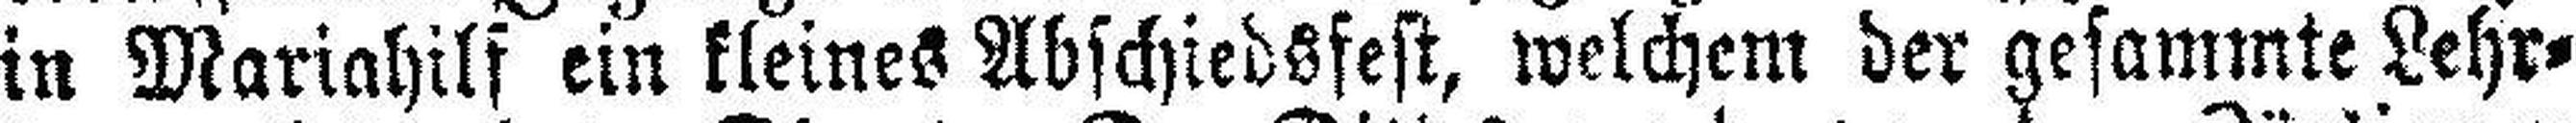
in Mariahilf ein kleines Abschiedsfest, welchem der gesammte Lehr¬